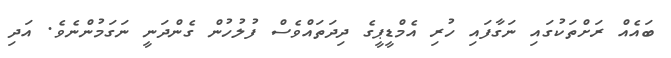
ބައެއް ރަށްތަކުގައި ނަގާފައި ހުރި އެމްޑީޕީގެ ދިދަތައްވެސް ފުލުހުން ގެންދަނީ ނަގަމުންނެވެ. އަދި